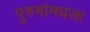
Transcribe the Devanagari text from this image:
पुरुषांमधला